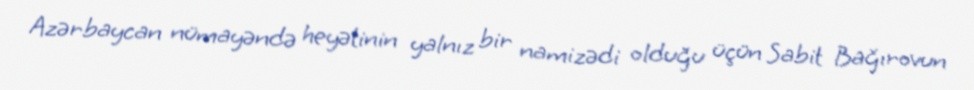
Azərbaycan nümayəndə heyətinin yalnız bir namizədi olduğu üçün Sabit Bağırovun